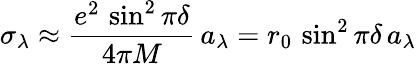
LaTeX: \sigma_{\lambda}\approx{\frac{e^{2}\, \sin^{2}\pi\delta}{4\pi M}}\, a_{\lambda}=r_{0}\, \sin^{2}\pi\delta\, a_{\lambda}